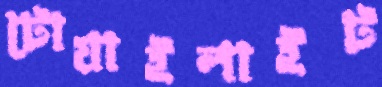
টোয়াইলাইট